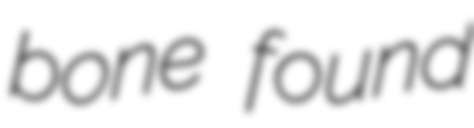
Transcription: bone found